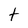
Character: t